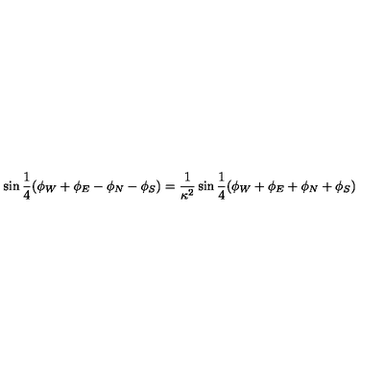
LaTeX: \sin { \frac { 1 } { 4 } ( \phi _ { W } + \phi _ { E } - \phi _ { N } - \phi _ { S } ) } = \frac { 1 } { \kappa ^ { 2 } } \sin { \frac { 1 } { 4 } ( \phi _ { W } + \phi _ { E } + \phi _ { N } + \phi _ { S } ) }